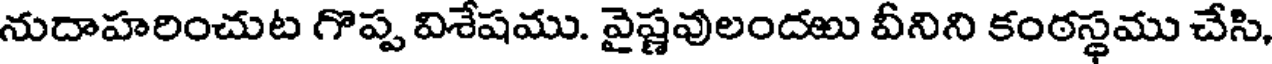
నుదాహరించుట గొప్ప విశేషము. వైష్ణవులందఱు వీనిని కంఠస్థము చేసి,